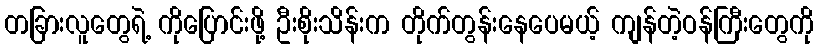
တခြားလူတွေရဲ့ ကိုပြောင်းဖို့ ဦးစိုးသိန်းက တိုက်တွန်းနေပေမယ့် ကျန်တဲ့ဝန်ကြီးတွေကို